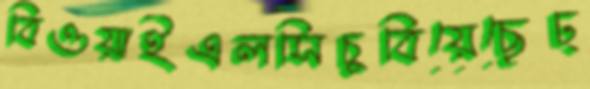
বিওয়াইএলসিচুবিয়েছেঢ্